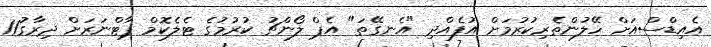
އެއިޑްސްއަށް ހޭލުންތެރިކުރުމަށް އުފެއްދި "އެނގޭތަ" އެޕް ލޯންޗު ކުރުމުގެ ޓެލެކޮމް ޕާޓްނަރަށް ދިރާގު11